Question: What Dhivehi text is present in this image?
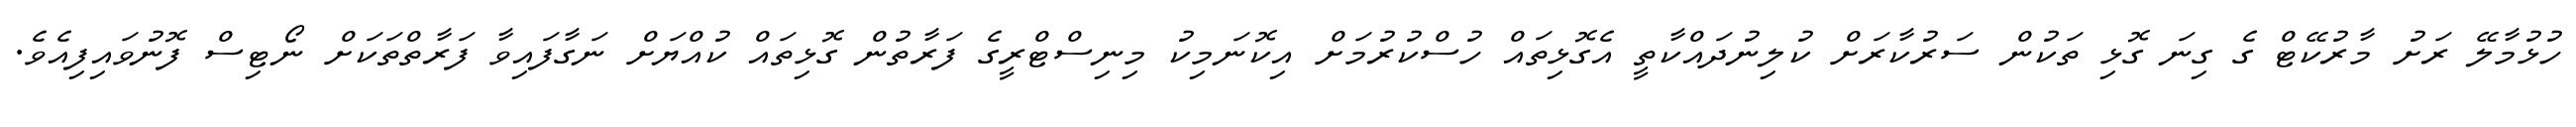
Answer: ހުޅުމާލޭ ރަށު މާރުކޭޓް ގެ ގިނަ ގޮޅި ތަކުން ސަރުކާރަށް ކުލިނުދައްކާތީ އެގޮޅިތައް ހުސްކުރުމަށް އިކޮނަމިކު މިނިސްޓްރީގެ ފަރާތުން ގޮޅިތައް ކުއްޔަށް ނަގާފައިވާ ފަރާތްތަކަށް ނޯޓިސް ފޮނުވައިފިއެވެ.